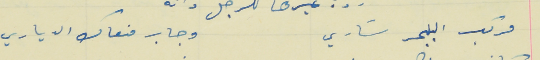
مركب البحر سَاري                                                   وجاب منعاك الدياري